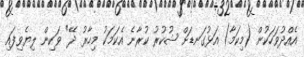
އެއްދުވަހަކުން (މިކަމާ) އަޅުގަނޑަށް ޝުކުރު ކުރާނެ އެކަމަކު މިހާރު ދޭ" ވަކިން ލިޔެވިފައި